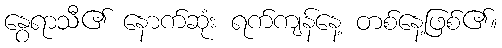
နွေရာသီ၏ နောက်ဆုံး ရက်ကျန်နေ့ တစ်နေ့ဖြစ်၏။